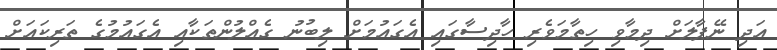
އަދި ނޭޕާލަށް ދިމާވި ހިތާމަވެރި ހާދިސާގައި އެގައުމަށް ލިބުނު ގެއްލުންތަކާއި އެގައުމުގެ ތަރިކައަށް